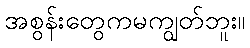
အစွန်းတွေကမကျွတ်ဘူး။